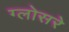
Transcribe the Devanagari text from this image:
ग्लोसरे